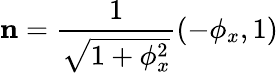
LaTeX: \mathbf{n}=\frac{1}{\sqrt{1+\phi_{x}^{2}}}(-\phi_{x},1)